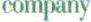
company